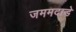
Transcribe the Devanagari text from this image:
जममदाडे